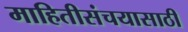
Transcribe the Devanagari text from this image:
माहितीसंचयासाठी